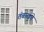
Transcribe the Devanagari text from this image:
तंबाखुचे